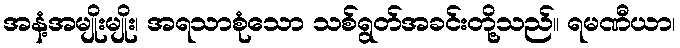
အနံ့အမျိုးမျိုး၊ အရသာစုံသော သစ်ရွတ်အခင်းတို့သည်။ ရမဏီယာ၊